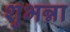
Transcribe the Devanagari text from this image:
शुभन्ना